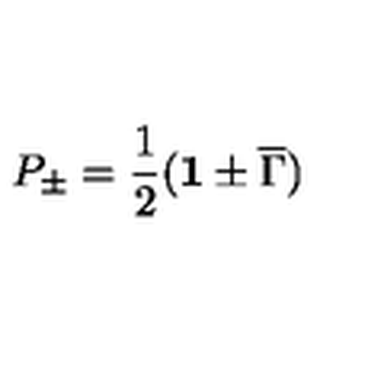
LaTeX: P _ { \pm } = \frac { 1 } { 2 } ( { \bf 1 } \pm { \overline { \Gamma } } )